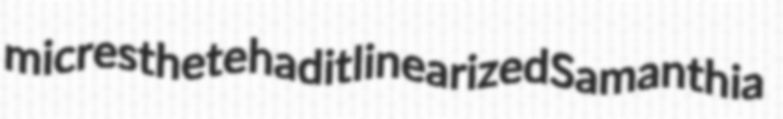
micresthete hadit linearized Samanthia